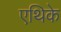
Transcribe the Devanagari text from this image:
एथिके